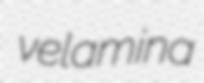
velamina